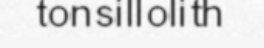
tonsillolith